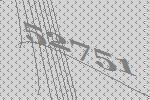
52751